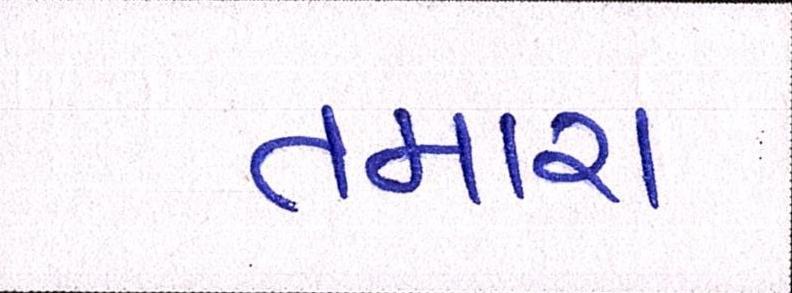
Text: તમારા